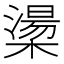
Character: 𪳷